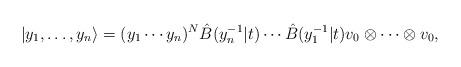
LaTeX: \begin{align*}|y_{1},\ldots ,y_{n}\rangle =(y_{1}\cdots y_{n})^{N}\hat{B}(y_{n}^{-1}|t)\cdots \hat{B}(y_{1}^{-1}|t)v_{0}\otimes \cdots \otimes v_{0},\end{align*}